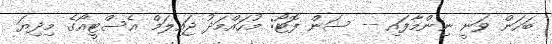
ބަހަން ވަނީ ނިންމާފައި -- ސަން ފޮޓޯ: މުހައްމަދު ޖައިލަމް އެސްޓީއޯގެ މިދިޔަ